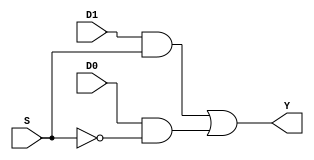
module my_mux(Y, D0, D1, S);
	output Y;
	input D0, D1, S;
	wire T1, T2, Sbar;

	and (T1, D1, S), (T2, D0, Sbar);
	not (Sbar, S);
	or (Y, T1, T2);
endmodule